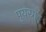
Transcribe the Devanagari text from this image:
पुयस्राव